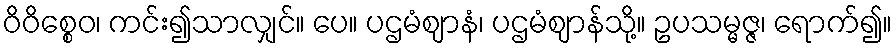
ဝိဝိစ္စေဝ၊ ကင်း၍သာလျှင်။ ပေ။ ပဌမံဈာနံ၊ ပဌမံဈာန်သို့။ ဥပသမ္မဇ္ဇ၊ ရောက်၍။